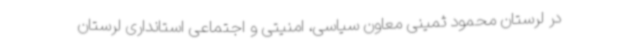
در لرستان محمود ثمینی معاون سیاسی، امنیتی و اجتماعی استانداری لرستان